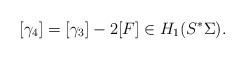
LaTeX: \begin{align*} [\gamma_4] = [\gamma_3] - 2[F] \in H_1(S^*\Sigma).\end{align*}